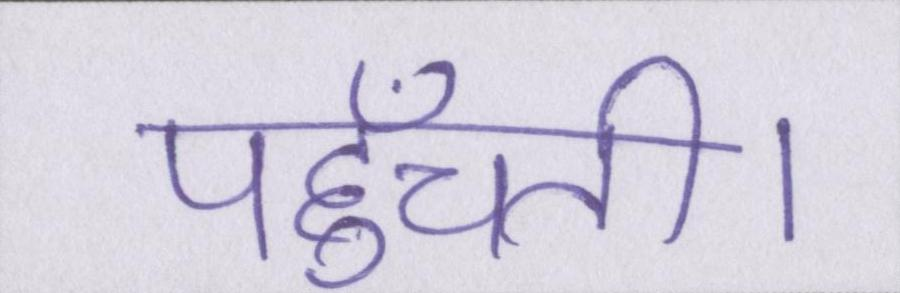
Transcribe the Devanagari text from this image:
पहुँचती।